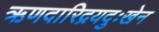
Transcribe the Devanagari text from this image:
ऋणदारिद्रयदुःखेन